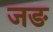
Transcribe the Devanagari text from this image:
जङ